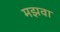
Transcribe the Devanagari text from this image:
मझवा